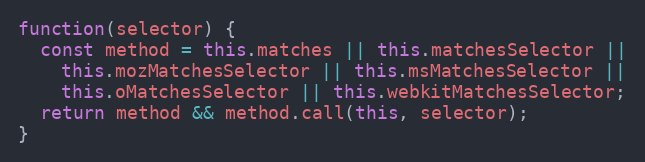
Language: JavaScript
function(selector) {
  const method = this.matches || this.matchesSelector ||
    this.mozMatchesSelector || this.msMatchesSelector ||
    this.oMatchesSelector || this.webkitMatchesSelector;
  return method && method.call(this, selector);
}